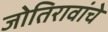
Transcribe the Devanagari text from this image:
जोतिरावांचे